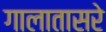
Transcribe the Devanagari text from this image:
गालातासरे